Vital statistics of India. Vol. VI, European troops 1870-79
Year: 1870
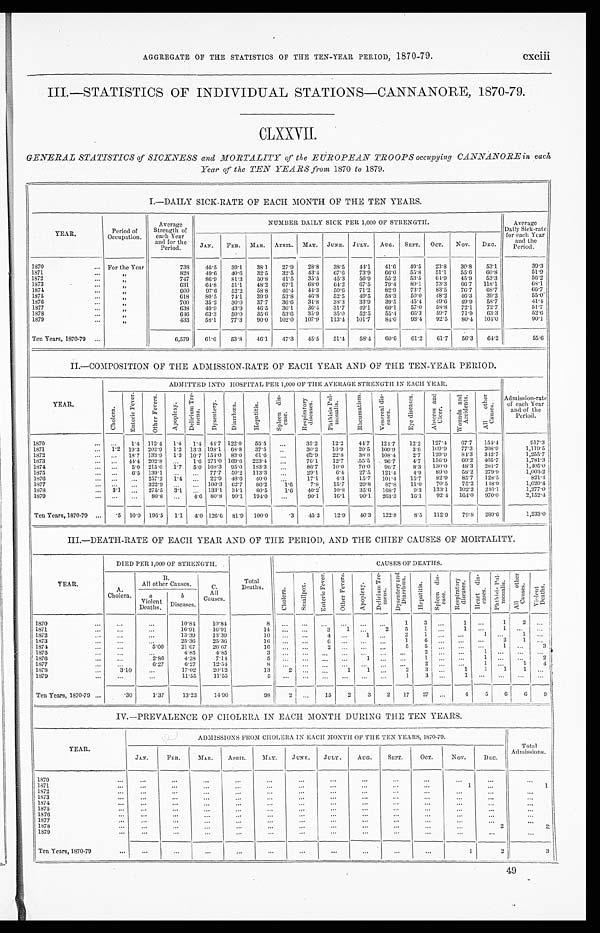
AGGREGATE OF THE STATISTICS OF THE TEN-YEAR PERIOD, 1870-79.
cxciii
III.—STATISTICS OF INDIVIDUAL STATIONS—CANNANORE, 1870-79.
CLXXVII.
GENERAL STATISTICS of SICKNESS and MORTALITY of the EUROPEAN TROOPS occupying CANNANORE in each
Year of the TEN YEARS from 1870 to 1879.
I.—DAILY SICK-RATE OF EACH MONTH OF THE TEN YEARS.
YEAR.
Period of
Occupation.
Aver age St r engt h of each Year
and for the
Period.
NUMBER DAILY SICK PER 1,000 OF STRENGTH.
Av e r a g e Da i l y S i c k - R a t e f o r e a c h Ye a r a n d t h e P e r i o d .
J A N .
FEB.
MAR. APRIL.
MAY.
JUNE.
JULY.
AUG.
SEPT.
OCT.
NOV.
DEC.
1 8 7 0
F o r t h e Y e a r
7 3 8
4 6 . 5
3 9 . 1
3 8 . 1
2 7 . 9
2 8 . 8
3 8 . 5
4 4 . 1
4 1 . 6
4 9 . 5
2 3 . 8
3 0 . 8
5 3 . 1
3 9 . 3
1871
"
8 2 8
4 9 . 6
4 0 . 6
3 2 . 5
3 2 . 8
4 3 . 4
6 7 . 6
7 3 . 9
6 6 . 0
5 5 . 8
5 1 . 1
5 5 . 6
6 0 . 8
5 1 . 9
1 8 7 2
"
7 4 7
8 6 . 9
8 1 . 3
5 0 . 8
4 1 . 5
3 5 . 5
4 5 . 3
5 6 . 9
5 5 . 2
5 3 . 5
6 4 . 9
4 5 . 9
5 3 . 3
5 6 . 2
1873
"
6 3 1
6 4 . 8
5 1 . 1
4 8 . 2
6 7 . 1
6 8 . 0
6 4 . 2
6 7 . 5
7 9 . 4
8 9 . 1
7 3 . 3
6 6 . 7
1 1 8 . 1
6 8 . 1
1 8 7 4
"
6 0 0
9 7 . 6
5 2 . 2
5 8 . 8
4 6 . 4
4 4 . 3
5 0 . 6
7 1 . 2
8 2 . 9
7 3 . 7
8 3 . 5
7 6 . 7
6 8 . 7
6 6 . 7
1875
"
6 1 8
8 0 . 5
7 4 . 1
3 9 . 9
5 3 . 8
4 6 . 8
5 2 . 5
4 9 . 5
5 8 . 3
5 0 . 0
4 8 . 2
4 6 . 3
3 9 . 2
5 5 . 0
1876
"
7 0 0
3 5 . 2
3 0 . 0
3 7 . 7
3 6 . 6
3 4 . 8
3 8 . 3
3 3 . 9
3 9 . 5
4 5 . 4
4 9 . 6
4 9 . 9
5 8 . 7
4 1 . 4
1877
"
6 3 8
4 9 . 9
4 3 . 9
4 6 . 5
3 6 . 1
3 6 . 4
3 1 . 7
4 9 . 1
6 0 . 1
5 7 . 0
5 8 . 8
7 2 . 1
7 2 . 7
5 1 . 7
1878
"
6 4 6
6 3 . 3
5 0 . 0
3 5 . 6
5 3 . 6
3 5 . 9
3 5 . 0
5 2 . 5
5 5 . 4
6 6 . 3
5 9 . 7
7 1 . 9
6 3 . 3
5 2 . 6
1879
"
4 3 3
5 8 . 1
7 7 . 3
9 0 . 0
1 0 2 . 0
1 0 7 . 9
1 1 3 . 4
1 0 1 . 7
8 4 . 0
9 3 . 4
9 2 . 5
8 0 . 4
1 0 4 . 0
9 0 . 1
Ten Years, 1870-79.
6 , 5 7 9
6 1 . 6
5 3 . 8
4 6 . 1
4 7 . 3
4 5 . 5
5 1 . 4
5 8 . 4
6 0 . 6
6 1 . 2
6 1 . 7
5 6 . 3
6 4 . 2
5 5 . 6
II.—COMPOSITION OF THE ADMISSION-RATE OF EACH YEAR AND OF THE TEN-YEAR PERIOD.
YEAR.
ADMITTED INTO HOSPITAL PER 1,000 OF THE AVERAGE STRENGTH IN EACH YEAR.
A d m i s s i o n - r a t e o f e a c h Y e a r a n d o f t h e P e r i o d .
Chol er a.
E n t e r i c F e v e r .
O t h e r F e v e r s .
Apoplexy.
D e l i r i u m T r e - m e n s .
D y s e n t e r y .
D i a r r h œ a .
He p a t i t i s .
S p l e e n d i s - e a s e
R e s p i r a t o r y d i s e a s e s .
P h t h i s i s P u l - m o n a l i s .
R h e u m a t i s m .
V e n e r e a l d i s - e a s e s .
E y e d i s e a s e s .
A b s c e s s a n d U l c e r .
Wo u n d s a n d A c c i d e n t s .
Al l ot he r Ca us e s .
1870
. . .
1 . 4
1 1 2 . 4
1 . 4
1 . 4
4 4 . 7
1 2 2 . 0
5 5 . 5
. . .
3 5 . 2
1 2 . 2
4 4 . 7
1 2 4 . 7
1 2 . 2
1 2 7 . 4
6 7 . 7
1 5 4 . 4
9 1 7 . 3
1871
1 . 2
1 9 . 3
2 0 2 . 9
1 . 2
1 3 . 3
1 9 8 . 1
6 8 . 8
3 7 . 5
. . .
3 0 . 2
1 6 . 9
2 0 . 5
1 0 9 . 9
3 . 6
1 0 9 . 9
7 7 . 3
2 0 8 . 9
1 , 1 1 9 . 5
1 8 7 2
. . .
1 8 . 7
1 3 3 . 9
1 . 3
1 0 . 7
1 5 4 . 0
8 3 . 0
6 1 . 6
. . .
6 2 . 9
2 2 . 8
3 8 . 8
1 0 8 . 4
2 . 7
1 2 9 . 9
8 4 . 3
3 4 2 . 7
1 , 2 5 5 . 7
1873
. . .
4 4 . 4
2 0 2 . 8
. . .
1 . 6
2 7 1 . 0
1 6 9 . 6
2 2 3 . 4
. . .
7 6 . 1
1 2 . 7
5 5 . 5
9 6 . 7
4 . 7
1 5 6 . 9
6 0 . 2
4 0 5 . 7
1 , 7 8 1 . 3
1874
. . .
5 . 0
2 1 5 . 0
1 . 7
5 . 0
1 6 8 . 3
9 5 . 0
1 8 3 . 3
. . .
8 6 . 7
1 0 . 0
7 0 . 0
9 6 . 7
8 . 3
1 3 0 . 0
4 8 . 3
2 8 1 . 7
1 , 4 0 5 . 0
1 8 7 5
. . .
6 . 5
1 3 9 . 1
. . .
. . .
7 7 . 7
5 0 . 2
1 1 3 . 3
. . .
2 9 . 1
6 . 4
2 7 . 5
1 2 1 . 4
4 . 9
8 9 . 0
5 8 . 2
2 7 9 . 9
1 , 0 0 3 . 2
1876
. . .
. . .
2 5 7 . 2
1 . 4
. . .
2 2 . 9
4 8 . 6
4 0 . 0
. . .
1 7 . 1
4 . 3
1 5 . 7
1 0 1 . 4
1 5 . 7
8 2 . 9
8 5 . 7
1 2 8 . 5
8 2 1 . 4
1877
. . .
. . .
3 2 2 . 9
. . .
. . .
1 0 0 . 3
6 2 . 7
8 6 . 2
1 . 6
7 . 8
1 5 . 7
2 9 . 8
8 7 . 8
1 1 . 0
7 0 . 5
7 5 . 2
1 4 8 . 9
1 , 0 2 0 . 4
1878
3 . 1
. . .
2 7 5 . 5
3 . 1
. . .
1 3 3 . 1
3 4 . 1
8 0 . 5
1 . 6
4 0 . 2
1 0 . 8
3 5 . 6
1 6 8 . 7
9 . 3
1 3 3 . 1
1 0 2 . 2
2 4 6 . 1
1 , 2 7 7 . 0
1879
. . .
. . .
8 0 . 8
. . .
4 . 6
8 0 . 8
9 0 . 1
1 9 4 . 0
. . .
9 0 . 1
1 6 . 1
9 0 . 1
2 6 3 . 3
1 6 . 1
9 2 . 4
1 6 4 . 0
9 7 0 . 0
2 , 1 5 2 . 4
Ten Years, 1870-79
. 5
1 0 . 0
1 9 6 . 5
1 . 1
4 . 0
1 2 6 . 6
8 1 . 9
1 0 0 . 0
. 3
4 5 . 3
1 2 . 9
4 0 . 3
1 2 2 . 8
8 . 5
1 2 2 . 9
7 9 . 8
2 8 9 . 6
1 , 2 3 3 . 0
III.—DEATH-RATE OF EACH YEAR AND OF THE PERIOD, AND THE CHIEF CAUSES OF MORTALITY.
YEAR.
DIED PER 1,000 OF STRENGTH.
Total Deaths.
CAUSES OF DEATHS.
A.
Cholera.
B.
All other Causes.
C.
All
Causes.
Chol er a.
Smal l pox.
E n t e r i c F e v e r .
O t h e r F e v e r s .
Apoplexy.
De l i r i u m T r e - me n s .
Sys ent er y and Di ar r hœa.
Hepat i t i s .
S p l e e n d i s - e a s e .
R e s p i r a t o r y d i s e a s e s .
He a r t d i s - e a s e s .
P h t h i s i s P u l - m o n a l i s . A l l o t h e r C a u s e s .
Violent Deaths.
a
Violent
Deaths.
b
Diseases.
1870
. . .
. . .
1 0 . 8 4
1 0 . 8 4
8
. . .
. . .
. . .
. . .
. . .
. . .
1
3
. . .
1
. . .
1
2
. . .
1871
. . .
. . .
1 6 . 9 1
1 6 . 9 1
1 4 . . .
. . .
3
1
. . .
2
5
1
. . .
1
. . .
1
. . .
. . .
1872
. . .
. . .
1 3 . 3 9
1 3 . 3 9
1 0
. . .
. . .
4
. . .
1
. . .
2
1
. . .
. . .
1
. . .
1
. . .
1873
. . .
. . .
2 5 . 3 6
2 5 . 3 6
1 6
. . .
. . .
6
. . .
. . .
. . .
1
6
. . .
. . .
. . .
2
1
. . .
1874
. . .
5 . 0 0
2 1 . 6 7
2 6 . 6 7
1 6
. . .
. . .
2
. . .
. . .
. . .
5
5
. . .
. . .
. . .
1
. . .
3
1875
. . .
. . .
4 . 8 5
4 . 8 5
3
. . .
. . .
. . .
. . .
. . .
. . .
. . .
2
. . .
. . .
1
. . .
. . .
. . .
1876
. . .
2 . 8 6
4 . 2 8
7 . 1 4
5 . . .
. . .
. . .
. . .
1
. . .
. . .
1
. . .
. . .
1
. . .
. . .
2
1877
. . .
6 . 2 7
6 . 2 7
1 2 . 5 4
8
. . .
. . . . . .
. . .
. . .
. . .
. . .
2
. . .
. . .
1
. . .
1
4
1878
3 . 1 0
. . .
1 7 . 0 2
2 0 . 1 2
1 3
2
. . .
. . .
1
1
. . .
2
3
. . .
1
1
1
1
. . .
1879
. . .
. . .
1 1 . 5 5
1 1 . 5 5
5 . . .
. . .
. . .
. . .
. . .
. . .
1
3
. . .
1
. . .
. . .
. . .
. . .
Ten Years, 1870-79
. 3 0
1 . 3 7
1 3 . 2 3
1 4 . 9 0
9 8
2
. . .
1 5
2
3
2
1 7
2 7
. . .
4
5
6
6
9
IV.—PREVALENCE OF CHOLERA IN EACH MONTH DURING THE TEN YEARS.
YEAR.
ADMISSIONS FROM CHOLERA IN EACH MONTH OF THE TEN YEARS, 1870-79
Tot al Admi ssi ons.
JAN.
FEB.
MAR.
APRIL.
MAY.
JUNE.
JULY.
AUG.
SEPT.
OCT.
NOV.
D E C .
1870
. . .
. . .
. . .
. . .
. . .
. . .
. . .
. . .
. . .
. . .
. . .
. . .
. . .
1 8 7 1
. . .
. . .
. . .
. . .
. . .
. . .
. . .
. . .
. . .
. . .
1
. . .
1
1872
. . .
. . .
. . .
. . .
. . .
. . .
. . .
. . .
. . .
. . .
. . .
. . .
. . .
1873
. . .
. . .
. . .
. . .
. . .
. . .
. . .
. . .
. . .
. . .
. . .
. . .
. . .
1874
. . .
. . .
. . .
. . .
. . .
. . .
. . .
. . .
. . .
. . .
. . .
. . .
. . .
1875
. . .
. . .
. . .
. . .
. . .
. . .
. . .
. . .
. . .
. . .
. . .
. . .
. . .
1876
. . .
. . .
. . .
. . .
. . .
. . .
. . .
. . .
. . .
. . .
. . .
. . .
. . .
1877
. . .
. . .
. . .
. . .
. . .
. . .
. . .
. . .
. . .
. . .
. . .
. . .
. . .
1 8 7 8
. . .
. . .
. . .
. . .
. . .
. . .
. . .
. . .
. . .
. . .
. . .
2
2
1879
. . .
. . .
. . .
. . .
. . .
. . .
. . .
. . .
. . .
. . .
. . .
. . .
. . .
Ten Years, 1870-79
. . .
. . .
. . .
. . .
. . .
. . .
. . .
. . .
. . .
. . .
1
2
3
49